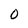
Character: 0